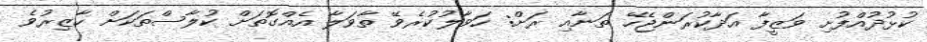
ކުޅުދުއްފުށި ވަޒީފާ އަދާކުރަންޖެހޭ ތަނާއި ރަށް: ހަވާލުކުރެވޭ ތާވަލާ އެއްގޮތަށް ކުލާސްތަކަށް ހާޒިރުވެ